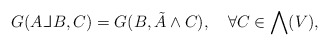
\begin{align*}G(A {\mathbin{\rm\vphantom{X}\hskip 1.1pt\hskip -0.5pt\_\hskip -0.3em\_\vrule width 0.5pt\hskip 1.7pt}} B,C) = G(B,\tilde{A}\wedge C) , \, \, \, \, \, \, \forall C \in \bigwedge(V) ,\end{align*}